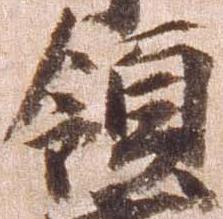
領